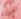
فرار